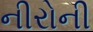
નીરોની